Calcutta medical institutions reports 1892-1900
Year: 1892
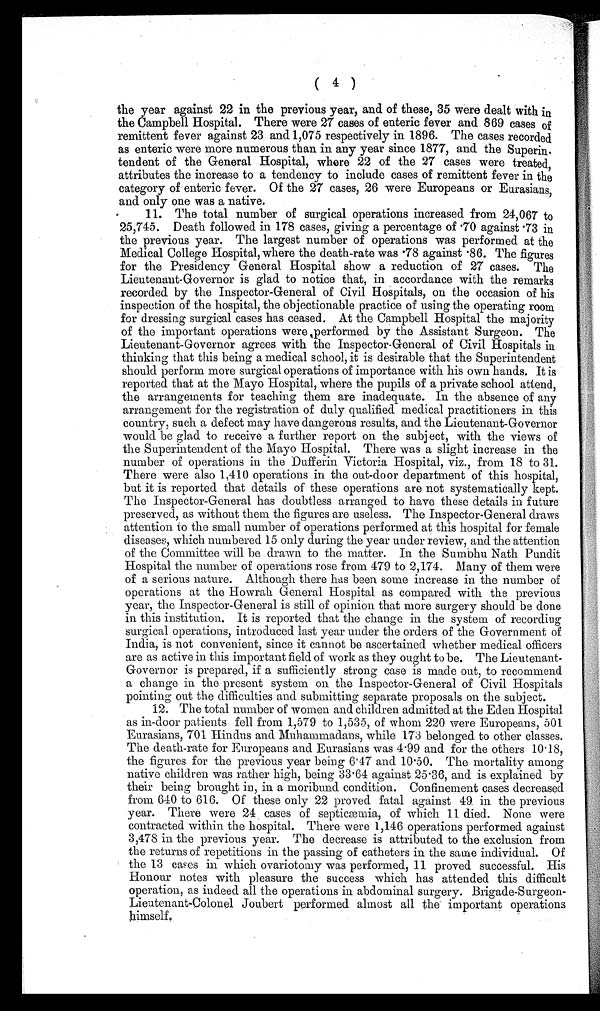
( 4 )
the year against 22 in the previous year, and of these, 35 were dealt with in
the Campbell Hospital. There were 27 cases of enteric fever and 869 cases of
remittent fever against 23 and 1,075 respectively in 1896. The cases recorded
as enteric were more numerous than in any year since 1877, and the Superin.
tendent of the General Hospital, where 22 of the 27 cases were treated,
attributes the increase to a tendency to include cases of remittent fever in the
category of enteric fever. Of the 27 cases, 26 were Europeans or Eurasians,
and only one was a native.
11. The total number of surgical operations increased from 24,067 to
25,745. Death followed in 178 cases, giving a percentage of .70 against .73 in
the previous year. The largest number of operations was performed at the
Medical College Hospital, where the death-rate was .78 against .86. The figures
for the Presidency General Hospital show a reduction of 27 cases. The
Lieutenant-Governor is glad to notice that, in accordance with the remarks
recorded by the Inspector-General of Civil Hospitals, on the occasion of his
inspection of the hospital, the objectionable practice of using the operating room
for dressing surgical cases has ceased. At the Campbell Hospital the majority
of the important operations were performed by the Assistant Surgeon. The
Lieutenant-Governor agrees with the Inspector-General of Civil Hospitals in
thinking that this being a medical school, it is desirable that the Superintendent
should perform more surgical operations of importance with his own hands. It is
reported that at the Mayo Hospital, where the pupils of a private school attend,
the arrangements for teaching them are inadequate. In the absence of any
arrangement for the registration of duly qualified medical practitioners in this
country, such a defect may have dangerous results, and the Lieutenant-Governor
would be glad to receive a further report on the subject, with the views of
the Superintendent of the Mayo Hospital. There was a slight increase in the
number of operations in the Dufferin Victoria Hospital, viz., from 18 to 31.
There were also 1,410 operations in the out-door department of this hospital,
but it is reported that details of these operations are not systematically kept.
The Inspector-General has doubtless arranged to have these details in future
preserved, as without them the figures are useless. The Inspector-General draws
attention to the small number of operations performed at this hospital for female
diseases, which numbered 15 only during the year under review, and the attention
of the Committee will be drawn to the matter. In the Sumbhu Nath Pundit
Hospital the number of operations rose from 479 to 2,174. Many of them were
of a serious nature. Although there has been some increase in the number of
operations at the Howrah General Hospital as compared with the previous
year, the Inspector-General is still of opinion that more surgery should be done
in this institution. It is reported that the change in the system of recording
surgical operations, introduced last year under the orders of the Government of
India, is not convenient, since it cannot be ascertained whether medical officers
are as active in this important field of work as they ought to be. The Lieutenant-
Governor is prepared, if a sufficiently strong case is made out, to recommend
a change in the present system on the Inspector-General of Civil Hospitals
pointing out the difficulties and submitting separate proposals on the subject.
12. The total number of women and children admitted at the Eden Hospital
as in-door patients fell from 1,579 to 1,535, of whom 220 were Europeans, 501
Eurasians, 701 Hindus and Muhammadans, while 173 belonged to other classes.
The death-rate for Europeans and Eurasians was 4.99 and for the others 10.18,
the figures for the previous year being 6.47 and 10.50. The mortality among
native children was rather high, being 33.64 against 25.36, and is explained by
their being brought in, in a moribund condition. Confinement cases decreased
from 640 to 616. Of these only 22 proved fatal against 49 in the previous
year. There were 24 cases of septicæmia, of which 11 died. None were
contracted within the hospital. There were 1,146 operations performed against
3,478 in the previous year. The decrease is attributed to the exclusion from
the returns of repetitions in the passing of catheters in the same individual. Of
the 13 cases in which ovariotomy was performed, 11 proved successful. His
Honour notes with pleasure the success which has attended this difficult
operation, as indeed all the operations in abdominal surgery. Brigade-Surgeon-
Lieutenant-Colonel Joubert performed almost all the important operations
himself.